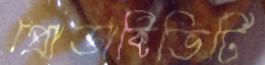
প্রোডাক্টিভিটি